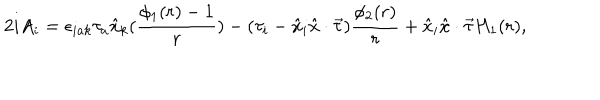
LaTeX: 2 i A _ { i } = \epsilon _ { i a k } \tau _ { a } \hat { x } _ { k } ( \frac { \phi _ { 1 } ( r ) - 1 } { r } ) - ( \tau _ { i } - \hat { x } _ { i } \hat { x } \cdot \vec { \tau } ) \frac { \phi _ { 2 } ( r ) } { r } + \hat { x } _ { i } \hat { x } \cdot \vec { \tau } H _ { 1 } ( r ) ,